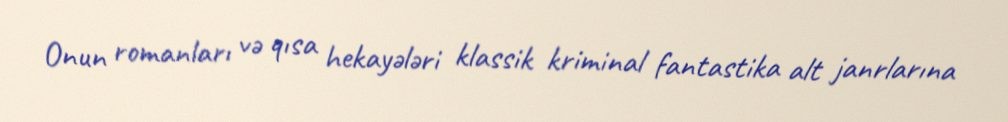
Onun romanları və qısa hekayələri klassik kriminal fantastika alt janrlarına